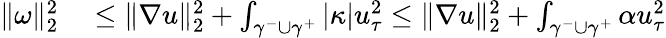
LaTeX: \begin{array}{rl}{\| \omega\| _{2}^{2}}&{{}\leq\| \nabla u\| _{2}^{2}+\int_{\gamma^{-}\cup\gamma^{+}}|\kappa|u_{\tau}^{2}\leq\| \nabla u\| _{2}^{2}+\int_{\gamma^{-}\cup\gamma^{+}}\alpha u_{\tau}^{2}}\end{array}